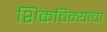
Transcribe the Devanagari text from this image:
शिकविन्याचा